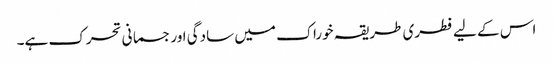
اس کے لیے فطری طریقہ خوراک میں سادگی اور جسمانی تحرک ہے۔